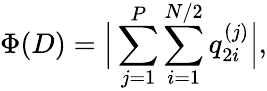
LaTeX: \Phi(D)=\Big|\sum_{j=1}^{P}\sum_{i=1}^{N/2}q_{2i}^{(j)}\Big|,